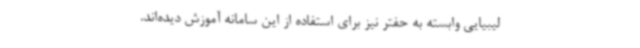
لیبیایی وابسته به حفتر نیز برای استفاده از این سامانه آموزش دیده‌اند.